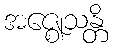
အဇ္ဈေသန္တိ